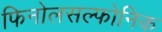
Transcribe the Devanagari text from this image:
फिनोलसल्फोनिक